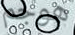
هوجم